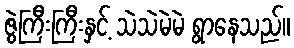
ဇွဲကြီးကြီးနှင့် သဲသဲမဲမဲ ရွာနေသည်။